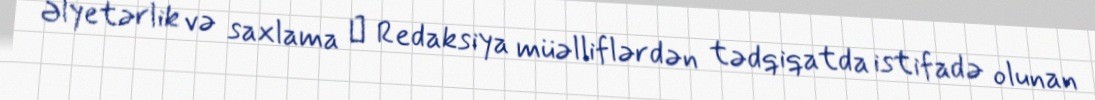
Əlyetərlik və saxlama ─ Redaksiya müəlliflərdən tədqiqatda istifadə olunan